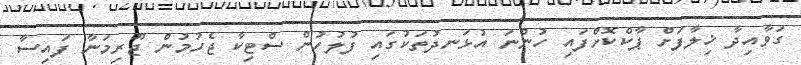
ގަވާއިދާ ޚިލާފަށް ޕާކްކޮށްފައި ހުންނަ އުޅަނދުތަކުގައި ފުލުހުން ސްޓިކާ ޖެހުމުން ޖޫރިމަނާ ފައިސާ